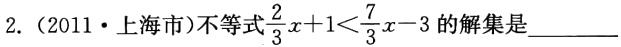
2. (2011·上海市)不等式\(\frac{2}{3}x + 1 < \frac{7}{3}x - 3\)的解集是________